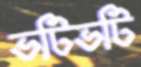
ভটিভটি